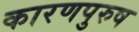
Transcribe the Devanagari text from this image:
कारणपुरुष